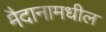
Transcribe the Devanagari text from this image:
मैदानामधील